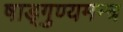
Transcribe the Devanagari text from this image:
षाड्गुण्यमन्त्र